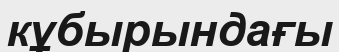
кұбырындағы